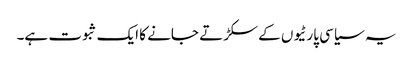
یہ سیاسی پارٹیوں کے سکڑتے جانے کا ایک ثبوت ہے۔